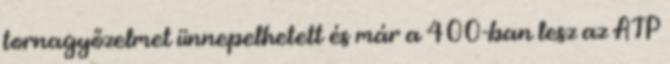
tornagyőzelmet ünnepelhetett és már a 400-ban lesz az ATP